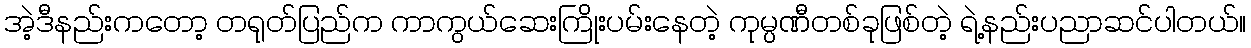
အဲ့ဒီနည်းကတော့ တရုတ်ပြည်က ကာကွယ်ဆေးကြိုးပမ်းနေတဲ့ ကုမ္ပဏီတစ်ခုဖြစ်တဲ့ ရဲ့နည်းပညာဆင်ပါတယ်။